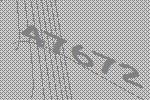
47672